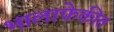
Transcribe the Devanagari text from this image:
भालाफेकीत